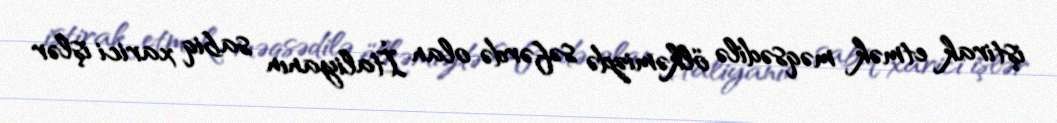
iştirak etmək məqsədilə ölkəmizdə səfərdə olan İtaliyanın sabiq xarici işlər